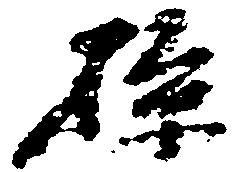
孫